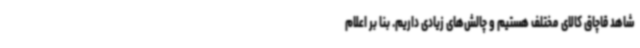
شاهد قاچاق کالای مختلف هستیم و چالش‌های زیادی داریم. بنا بر اعلام